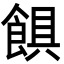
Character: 𩜃